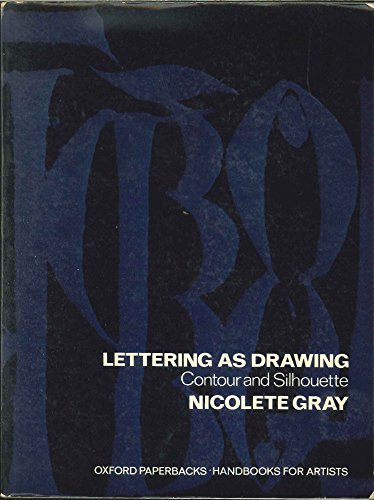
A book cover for Lettering as Drawing: Contour and Silhouette (Handbooks for Artists); Nicolete Gray; Arts & Photography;